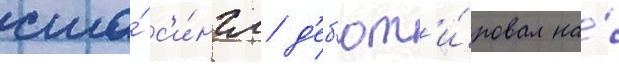
сша́ с'и́нгл д'еб'ют'и́ровал на́